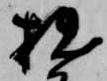
拙